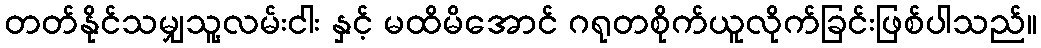
တတ်နိုင်သမျှသူ့လမ်းငါး နှင့် မထိမိအောင် ဂရုတစိုက်ယူလိုက်ခြင်းဖြစ်ပါသည်။